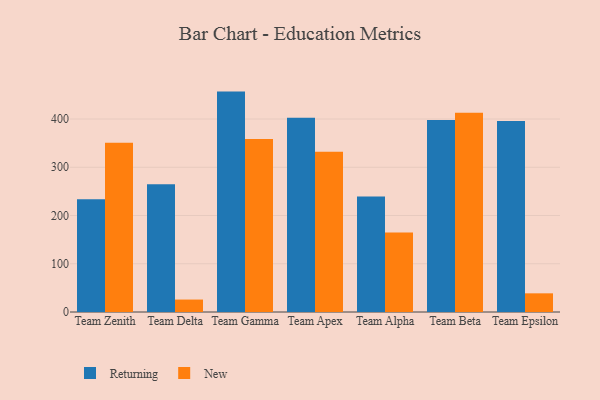
{"axis": {"x": "Team", "y": "Market Share (%)"}, "legend": ["New", "Returning"], "data": [{"x": "Team Zenith", "y": 233.8, "type": "Returning"}, {"x": "Team Zenith", "y": 350.8, "type": "New"}, {"x": "Team Delta", "y": 264.7, "type": "Returning"}, {"x": "Team Delta", "y": 25.8, "type": "New"}, {"x": "Team Gamma", "y": 456.8, "type": "Returning"}, {"x": "Team Gamma", "y": 358.4, "type": "New"}, {"x": "Team Apex", "y": 402.6, "type": "Returning"}, {"x": "Team Apex", "y": 332.3, "type": "New"}, {"x": "Team Alpha", "y": 239.6, "type": "Returning"}, {"x": "Team Alpha", "y": 164.6, "type": "New"}, {"x": "Team Beta", "y": 397.9, "type": "Returning"}, {"x": "Team Beta", "y": 412.9, "type": "New"}, {"x": "Team Epsilon", "y": 396.1, "type": "Returning"}, {"x": "Team Epsilon", "y": 38.7, "type": "New"}]}